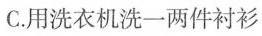
C.用洗衣机洗一两件衬衫